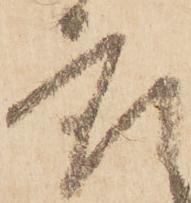
座